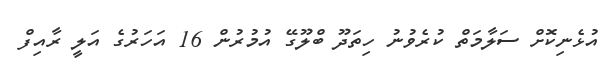
އުޅެނިކޮށް ސަލާމަތް ކުރެވުނު ހިތަދޫ ބްލޫގޭ އުމުރުން 16 އަހަރުގެ އަލީ ރާއިފް